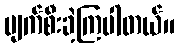
ပျက်စီးခဲ့ကြပါတယ်။